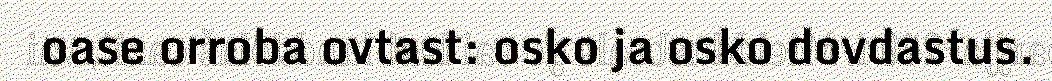
oase orroba ovtast: osko ja osko dovdastus.